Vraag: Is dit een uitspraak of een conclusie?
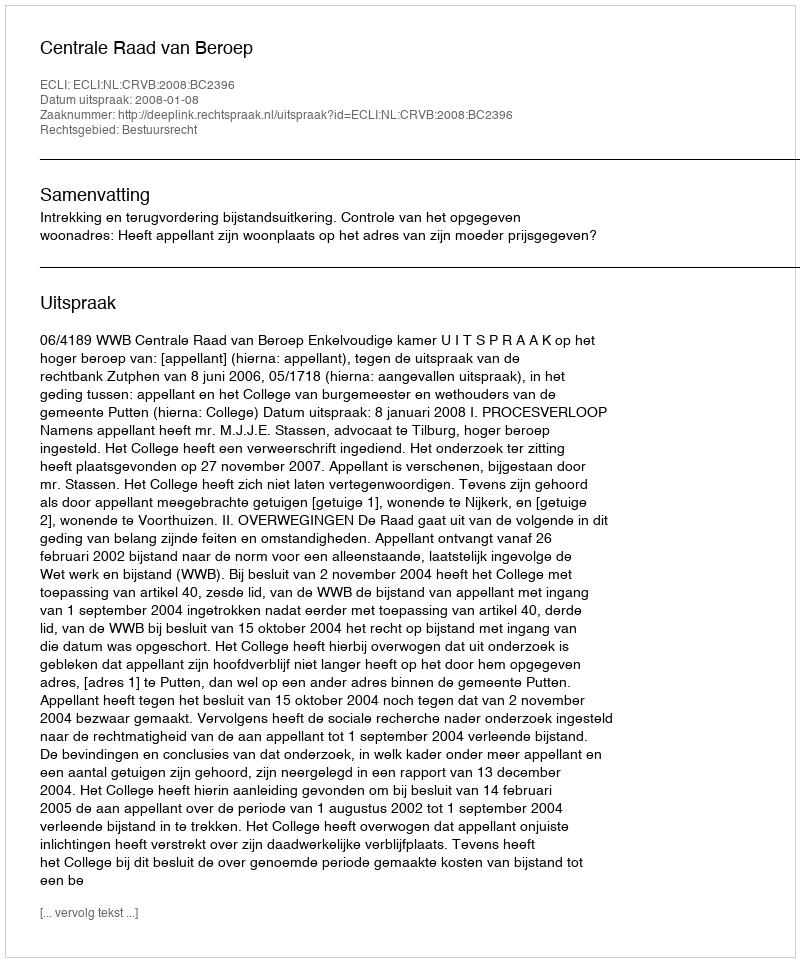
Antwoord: Uitspraak